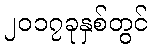
၂၀၁၇ခုနှစ်တွင်